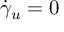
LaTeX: { \dot { \gamma } } _ { u } = 0